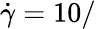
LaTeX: \dot{\gamma}=10/